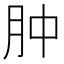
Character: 肿